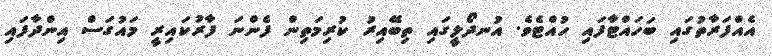
އެއްފަރާތުގައި ބަހައްޓާފައި ހުއްޓެވެ. އުނދޯލީގައި ތިބޭއިރު ކުރިމަތިން ފެންނަ ފާރުކައިރީ މައުގަސް އިންދާފައި